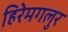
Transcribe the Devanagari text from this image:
हिरेमगलुर